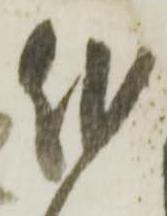
作